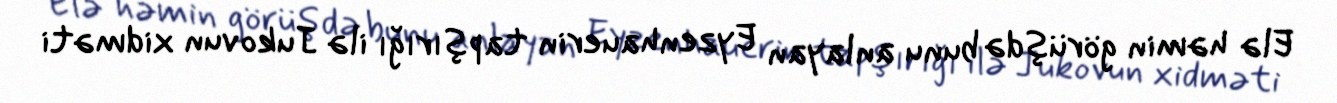
Elə həmin görüşdə bunu anlayan Eyzenhauerin tapşırığı ilə Jukovun xidməti